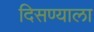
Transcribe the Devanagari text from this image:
दिसण्याला